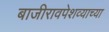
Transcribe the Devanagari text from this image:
बाजीरावपेशव्याच्या